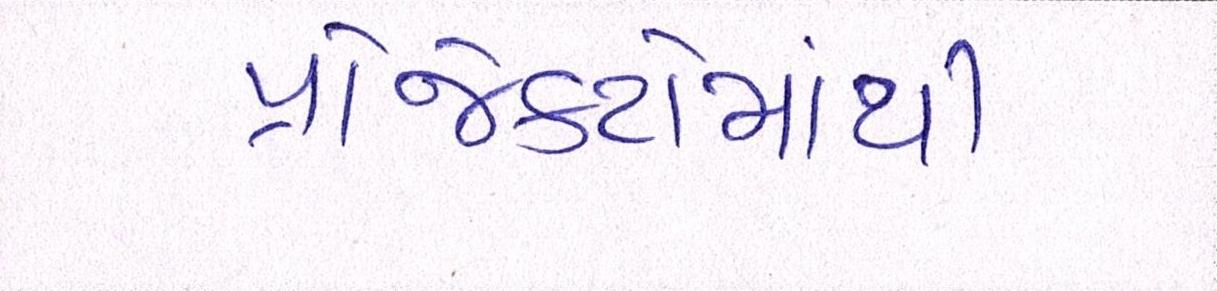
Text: પ્રોજેક્ટોમાંથી